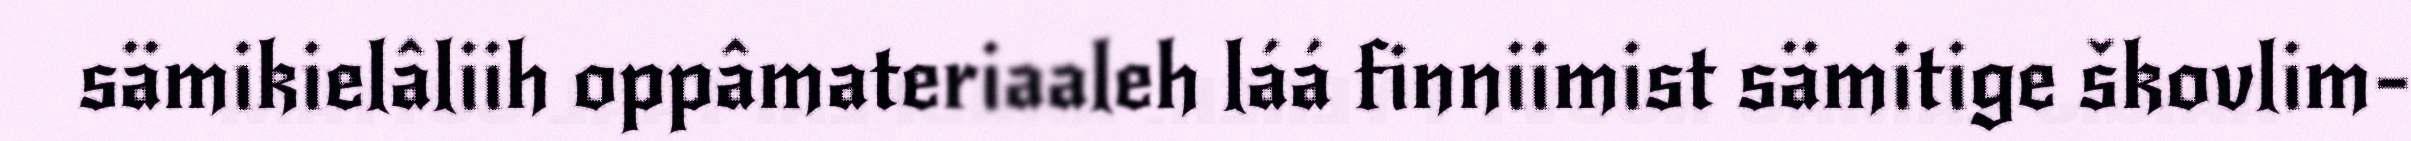
sämikielâliih oppâmateriaaleh láá finniimist sämitige škovlim-